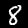
Digit: 8